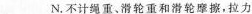
___N。不计绳重、滑轮重和滑轮摩擦，拉力